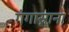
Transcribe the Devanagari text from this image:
गंगास्नाना